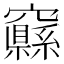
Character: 𱷜